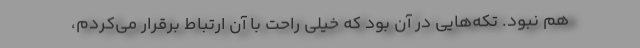
هم نبود. تکه‌هایی در آن بود که خیلی راحت با آن ارتباط برقرار می‌کردم،